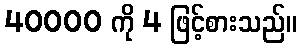
40000 ကို 4 ဖြင့်စားသည်။